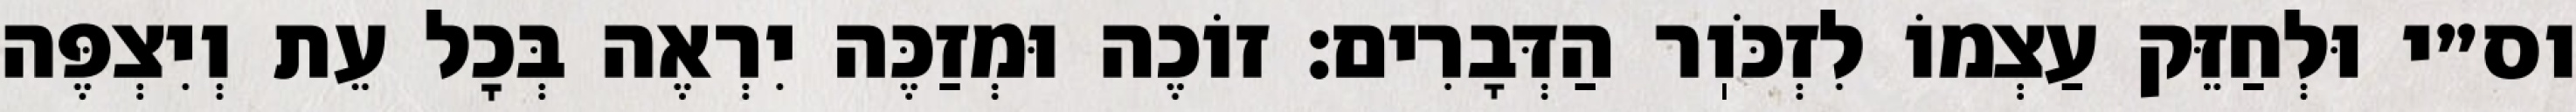
וס״י וּלְחַזֵּק עַצְמוֹ לִזְכֹּוֽר הַדְּבָרִים: זוֹכֶה וּמְזַכֶּה יִרְאֶה בְּכׇל עֵת וְיִצְפֶּה